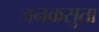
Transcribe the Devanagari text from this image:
जनकसुता